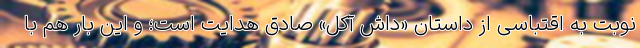
نوبت به اقتباسی از داستان «داش آکل» صادق هدایت است؛ و این بار هم با